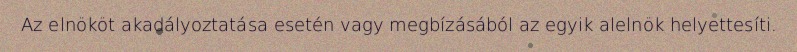
Az elnököt akadályoztatása esetén vagy megbízásából az egyik alelnök helyettesíti.